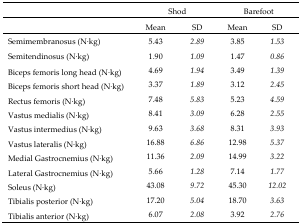
|  | <COLSPAN=2> Shod | <COLSPAN=2> Barefoot |
 |  | Mean | SD | Mean | SD |
 | --- | --- | --- | --- | --- |
 | Semimembranosus (N·kg) | 5.43 | 2.89 | 3.85 | 1.53 |
 | Semitendinosus (N·kg) | 1.90 | 1.09 | 1.47 | 0.86 |
 | Biceps femoris long head (N·kg) | 4.69 | 1.94 | 3.49 | 1.39 |
 | Biceps femoris short head (N·kg) | 3.37 | 1.89 | 3.12 | 2.45 |
 | Rectus femoris (N·kg) | 7.48 | 5.83 | 5.23 | 4.59 |
 | Vastus medialis (N·kg) | 8.41 | 3.09 | 6.28 | 2.55 |
 | Vastus intermedius (N·kg) | 9.63 | 3.68 | 8.31 | 3.93 |
 | Vastus lateralis (N·kg) | 16.88 | 6.86 | 12.98 | 5.37 |
 | Medial Gastrocnemius (N·kg) | 11.36 | 2.09 | 14.99 | 3.22 |
 | Lateral Gastrocnemius (N·kg) | 5.66 | 1.28 | 7.14 | 1.77 |
 | Soleus (N·kg) | 43.08 | 9.72 | 45.30 | 12.02 |
 | Tibialis posterior (N·kg) | 17.20 | 5.04 | 18.70 | 3.63 |
 | Tibialis anterior (N·kg) | 6.07 | 2.08 | 3.92 | 2.76 |